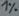
Text: 1%